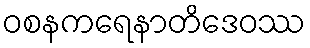
ဝစနကရေနာတိဒေဝဿ